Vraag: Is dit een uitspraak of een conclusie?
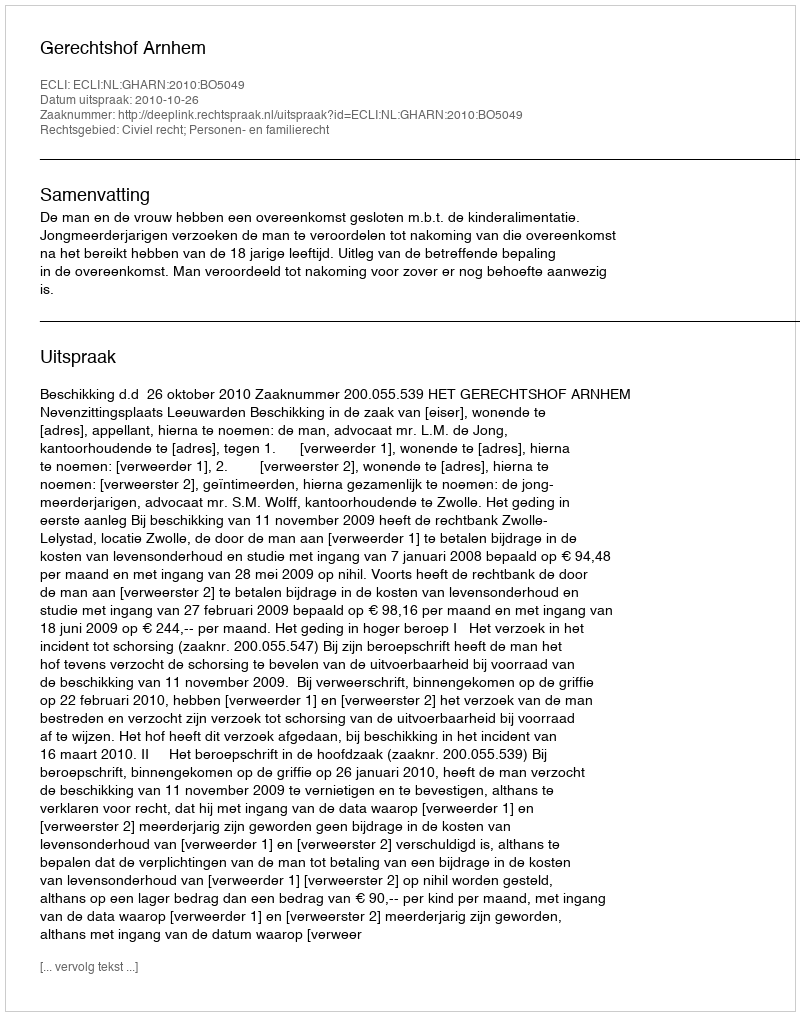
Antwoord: Uitspraak